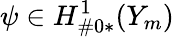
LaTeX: \psi\in H_{\# 0*}^{1}(Y_{m})